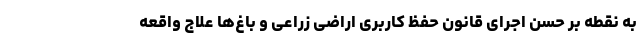
به نقطه بر حسن اجرای قانون حفظ کاربری اراضی زراعی و باغ‌ها علاج واقعه